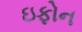
ઇફોન